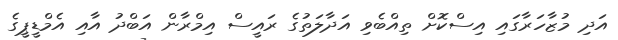
އަދި މުޒާހަރާގައި އިސްކޮށް ތިއްބެވި އަދާލަތުގެ ރައީސް އިމްރާން އަބްދު އާއި އެމްޑީޕީގެ